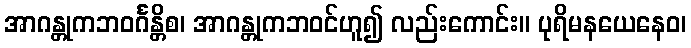
အာဂန္တုကဘဝင်္ဂန္တိစ၊ အာဂန္တုကဘဝင်ဟူ၍ လည်းကောင်း။ ပုရိမနယေနေဝ၊